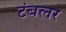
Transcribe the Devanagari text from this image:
टंबलर